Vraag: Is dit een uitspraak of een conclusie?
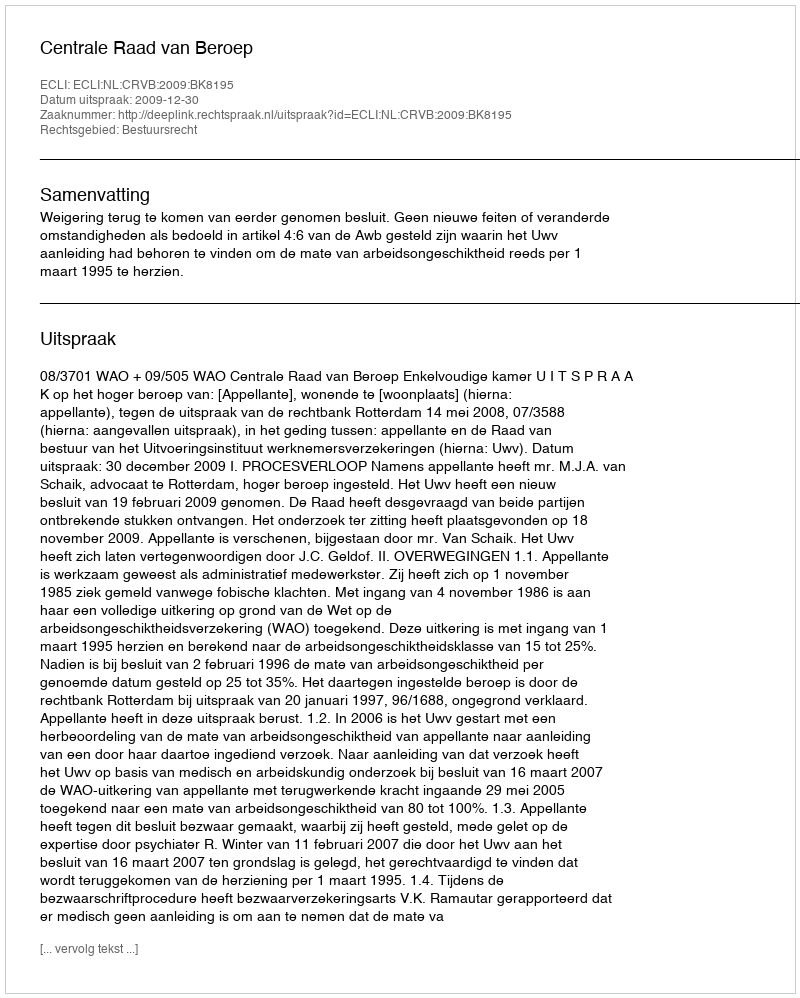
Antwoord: Uitspraak